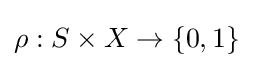
\rho :S\times X\rightarrow \{0,1\}